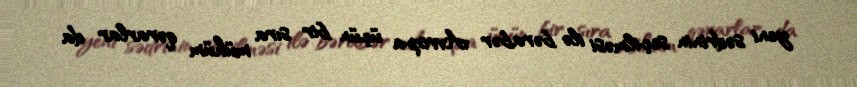
yeni sədrinin seçilməsi ilə bərabər Avropa üçün bir sıra mühüm qərarlar da